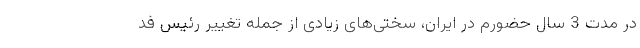
در مدت 3 سال حضورم در ایران، سختی‌های زیادی از جمله تغییر رئیس فد